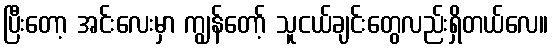
ပြီးတော့ အင်းလေးမှာ ကျွန်တော့် သူငယ်ချင်းတွေလည်းရှိတယ်လေ။